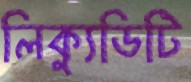
লিক্যুডিটি